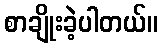
စာချိုးခဲ့ပါတယ်။